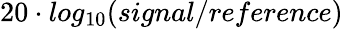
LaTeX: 20\cdot log_{10}(signal/reference)